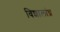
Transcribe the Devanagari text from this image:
विशालांध्र